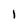
Character: I